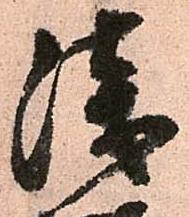
浅